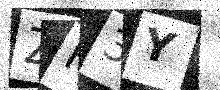
Text: ZF3Y